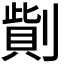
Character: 𠟓